Document type: Sale
Year: 1451
Scribe: [Unknown]
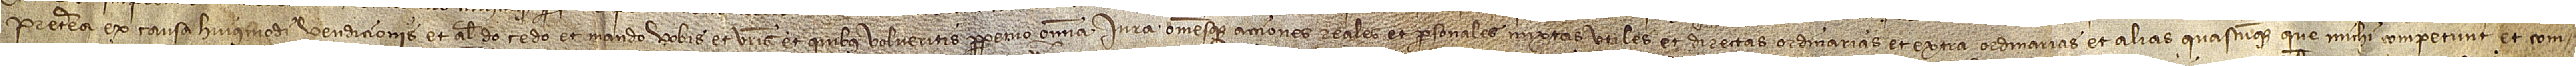
Preterea ex causa huiusmodi vendicionis et aliter do, cedo et mando vobis et vestris et quibus volueritis perpetuo omnia iura omnesque acciones reales et personales, mixtas, utiles et directas, ordinarias et extra ordinarias, et alias quascumque que michi competunt et com-